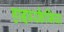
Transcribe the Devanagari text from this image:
हाइपरकैप्निया